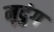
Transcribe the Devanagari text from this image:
मृदुंग